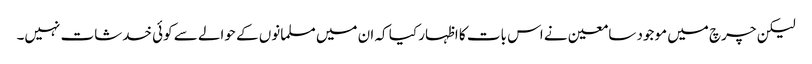
لیکن چرچ میں موجود سامعین نے اس بات کا اظہار کیا کہ ان میں مسلمانوں کے حوالے سے کوئی خدشات نہیں۔